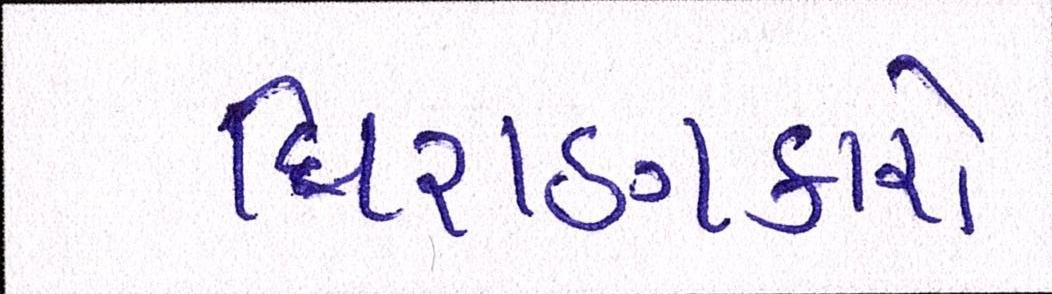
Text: ધિરાણકારો